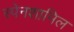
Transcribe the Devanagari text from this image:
स्पेनशामिल